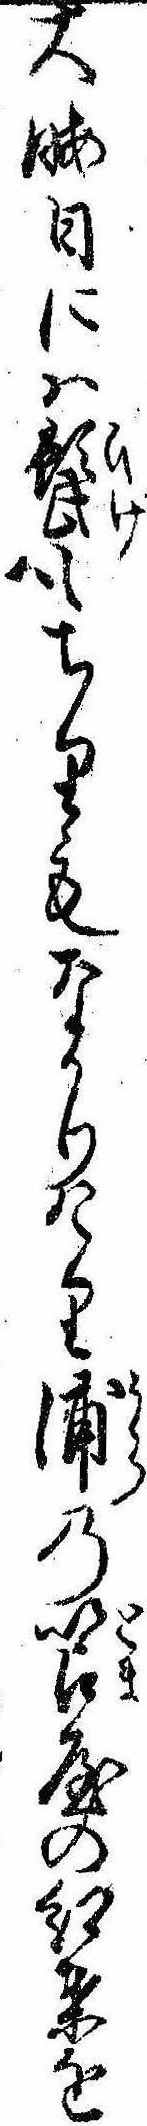
大晦日には髭もちりもなかりけり浦の笘屋の紅葉を